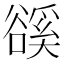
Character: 豀